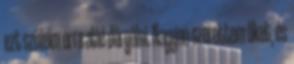
ezt szüleim orra aláé dörgölni. Nagyon szerettem őket, és